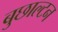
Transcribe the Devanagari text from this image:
बुछाल्टन